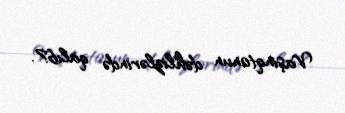
Vaşinqtonun dəhlizlərində qalıb?.